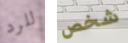
للرد شخص